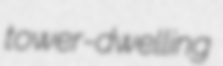
tower-dwelling